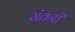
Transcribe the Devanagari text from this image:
संतनी